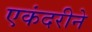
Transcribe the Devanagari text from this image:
एकंदरीने